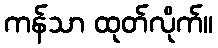
ကန်သာ ထုတ်လိုက်။